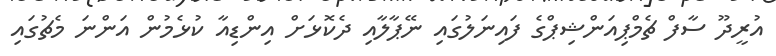
އުރީދޫ ސާފް ޗެމްޕިއަންޝިޕްގެ ފައިނަލުގައި ނޭޕާލާއި ދެކޮޅަށް އިންޑިއާ ކުޅެމުން އަންނަ މެޗުގައި